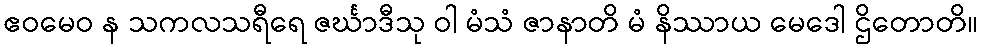
ဧဝမေဝ န သကလသရီရေ ဇင်္ဃာဒီသု ဝါ မံသံ ဇာနာတိ မံ နိဿာယ မေဒေါ ဌိတောတိ။